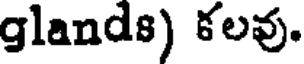
glands) కలవు.